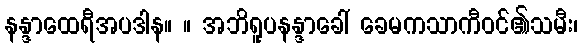
နန္ဒာထေရီအပဒါန။ ။ အဘိရူပနန္ဒာခေါ် ခေမကသာကီဝင်၏သမီး၊